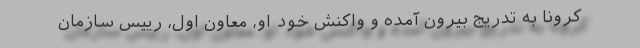
کرونا به تدریج بیرون آمده و واکنش خود او، معاون اول، رییس سازمان